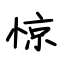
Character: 惊